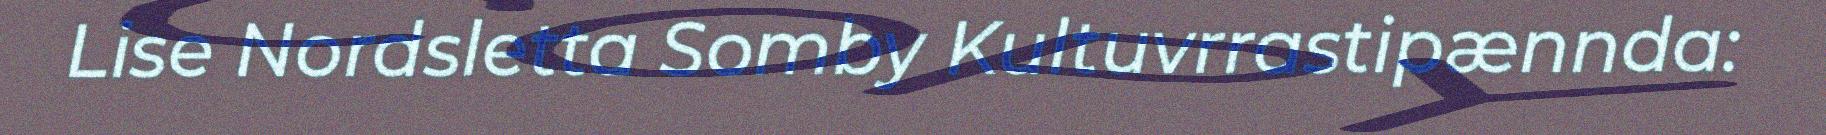
Lise Nordsletta Somby Kultuvrrastipænnda: